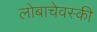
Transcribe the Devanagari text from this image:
लोबाचेवस्की